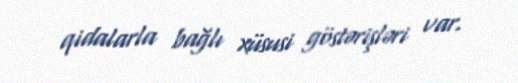
qidalarla bağlı xüsusi göstərişləri var.